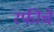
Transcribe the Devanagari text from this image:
रफीचे